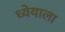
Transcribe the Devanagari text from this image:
ध्येयाला